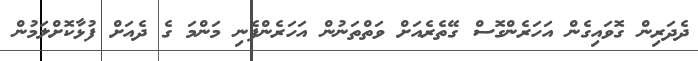
ދެދަރިން ގޮވައިގެން އަހަރެންގޮސް ގޭތެރެއަށް ވަތްތަނުން އަހަރެންފެނި މަންމަ ގެ ދެއަށް ފުޅާކޮށްލަމުން